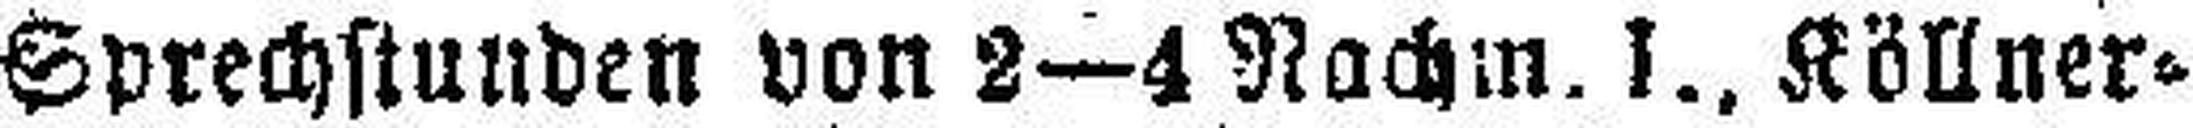
Sprechstunden von 2—4 Nachm. I., Köllner¬